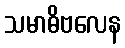
သမာဓိဗလေန